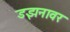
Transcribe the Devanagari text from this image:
डझनावर